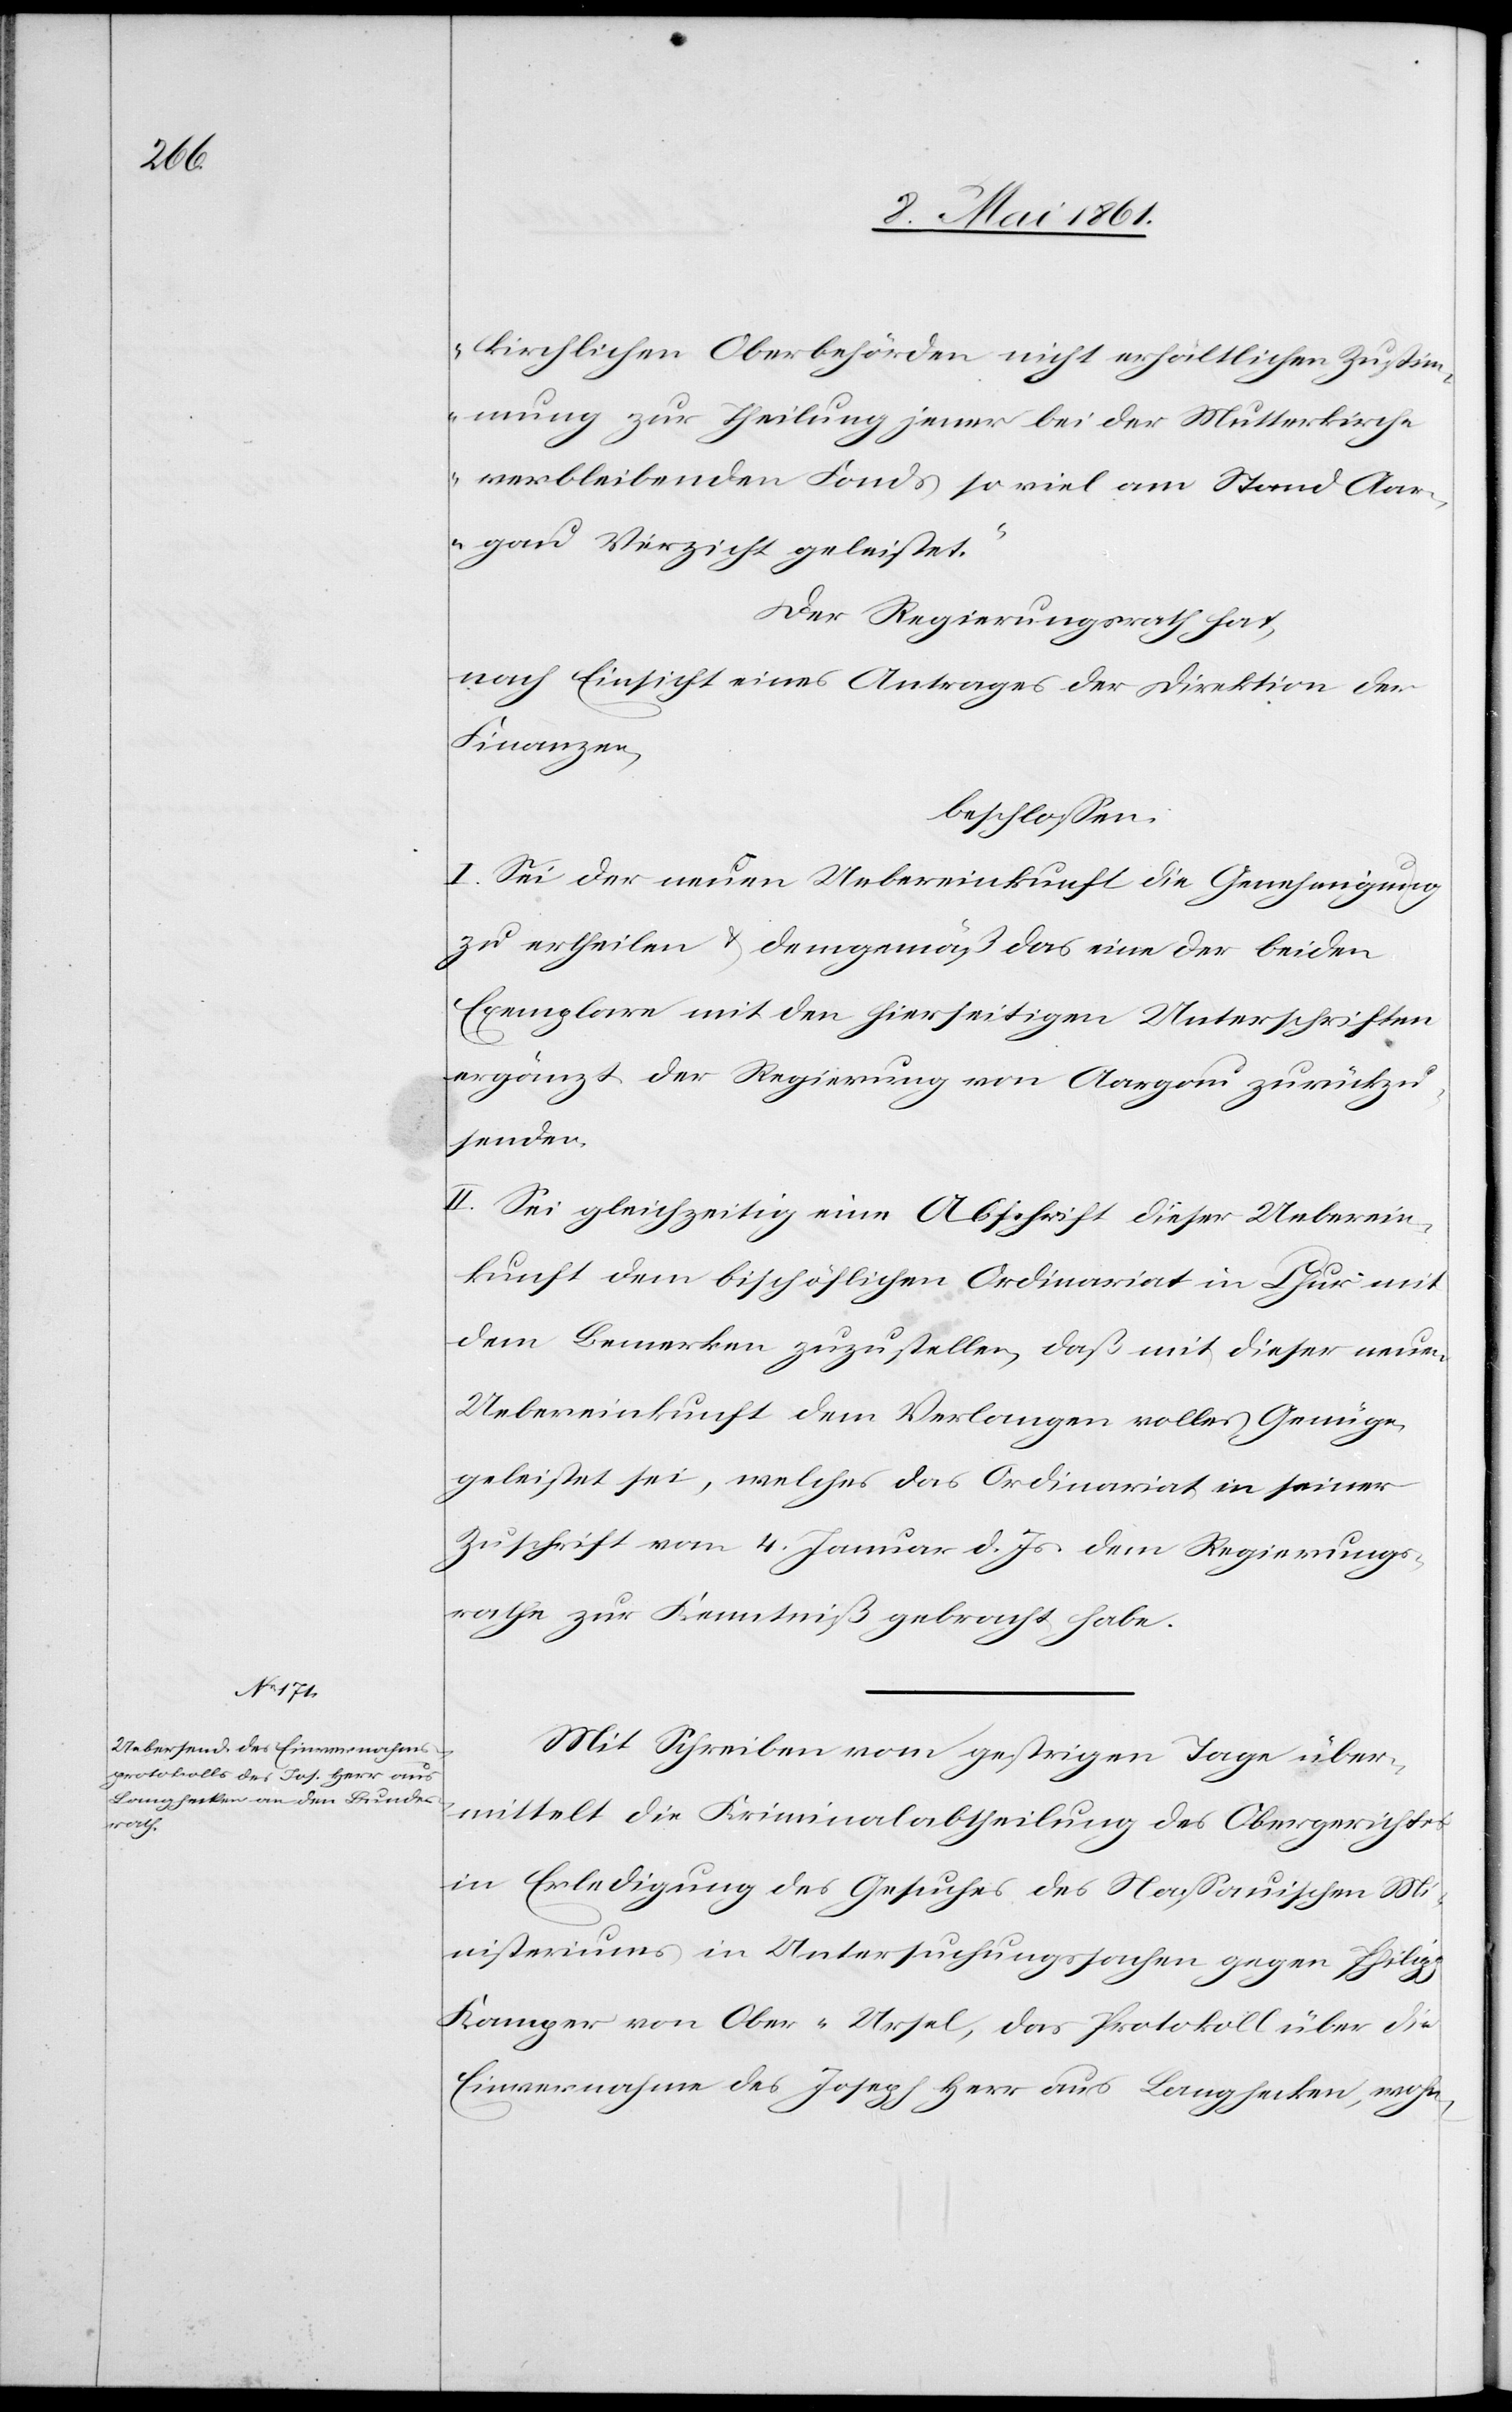
kirchlichen Oberbehörden nicht erhältlichen Zustim¬
mung zur Theilung jener bei der Mutterkirche
verbleibenden Fonds so viel am Stand Aar¬
gau Verzicht geleistet.“
Der Regierungsrath hat,
nach Einsicht eines Antrages der Direktion der
Finanzen,
beschlossen:
I. Sei der neuen Uebereinkunft die Genehmigung
zu ertheilen u. demgemäß das eine der beiden
Exemplare mit den hierseitigen Unterschriften
ergänzt der Regierung von Aargau zurückzu¬
senden.
II. Sei gleichzeitig eine Abschrift dieser Ueberein¬
kunft dem bischöflichen Ordinariat in Chur mit
dem Bemerken zuzustellen, daß mit dieser neuen
Uebereinkunft dem Verlangen volles Genüge
geleistet sei, welches das Ordinariat in seiner
Zuschrift vom 4. Januar d. Js. dem Regierungs¬
rathe zur Kenntniß gebracht habe.
Mit Schreiben vom gestrigen Tage über¬
mittelt die Kriminalabtheilung des Obergerichtes
in Erledigung des Gesuches des Nassauischen Mi¬
nisteriums in Untersuchungssachen gegen Philipp
Kamper von Ober-Ursel, das Protokoll über die
Einvernahme des Joseph Herr aus Langhecken, wohn-